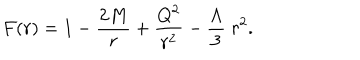
LaTeX: F ( r ) = 1 - { \frac { 2 M } { r } } + { \frac { Q ^ { 2 } } { r ^ { 2 } } } - { \frac { \Lambda } { 3 } } \; r ^ { 2 } .